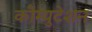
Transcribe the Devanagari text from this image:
कौम्युटेशन